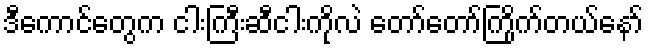
ဒီကောင်တွေက ငါးကြီးဆီငါးကိုလဲ တော်တော်ကြိုက်တယ်နော်